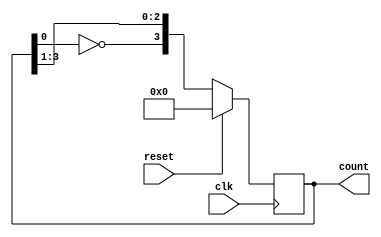
`timescale 1ns / 1ps
//////////////////////////////////////////////////////////////////////////////////
// Company: 
// Engineer: 
// 
// Design Name: 
// Module Name: johnson_counter
// Project Name: 
// Target Devices: 
// Tool Versions: 
// Description: 
// 
// Dependencies: 
// 
// Revision:
// Revision 0.01 - File Created
// Additional Comments:
// 
//////////////////////////////////////////////////////////////////////////////////


module johnson_counter #(parameter N = 4 )

        (input clk, reset,
        output reg [N-1:0] count);
        
        always@(posedge clk)
            begin
                if(reset)
                    count <= 0;
                 else
                    count <= {~count[0],count[N-1:1]};
            end
            
endmodule